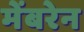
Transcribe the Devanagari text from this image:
मेंबरेन